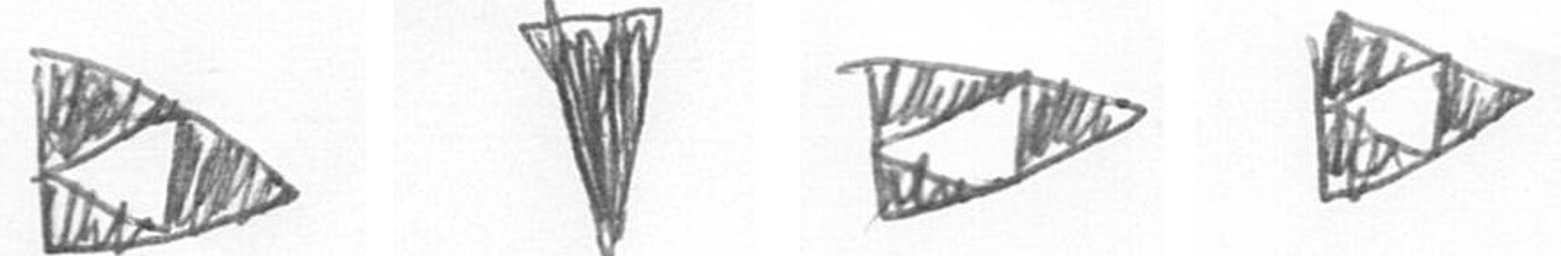
K J K K